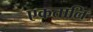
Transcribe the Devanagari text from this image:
एकतालि